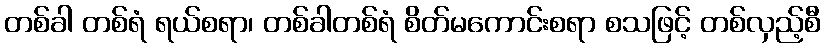
တစ်ခါ တစ်ရံ ရယ်စရာ၊ တစ်ခါတစ်ရံ စိတ်မကောင်းစရာ စသဖြင့် တစ်လှည့်စီ